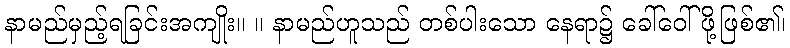
နာမည်မှည့်ရခြင်းအကျိုး။ ။ နာမည်ဟူသည် တစ်ပါးသော နေရာ၌ ခေါ်ဝေါ်ဖို့ဖြစ်၏၊